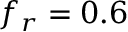
f _ { r } = 0 . 6